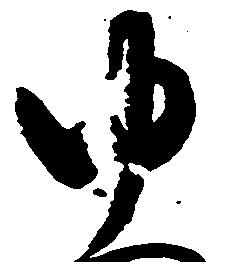
ゆ